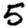
Digit: 5